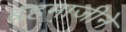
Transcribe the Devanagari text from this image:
ब्रहमाजीने